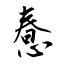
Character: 惷